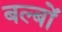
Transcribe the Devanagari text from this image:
बल्‍बों